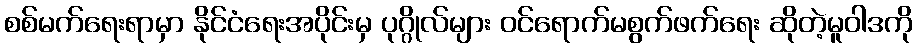
စစ်မက်ရေးရာမှာ နိုင်ငံရေးအပိုင်းမှ ပုဂ္ဂိုလ်များ ဝင်ရောက်မစွက်ဖက်ရေး ဆိုတဲ့မူဝါဒကို